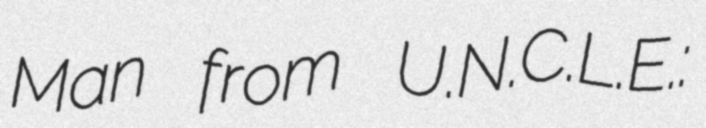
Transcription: Man from U.N.C.L.E.: